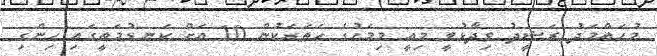
މުހައްމަދު ރަޝީދު ވިދާޅުވީ މިއީ މިމަހުގެ ހަތަރަކުން 10 އަށް ކަނޑުމަތީގައި ހިންގި